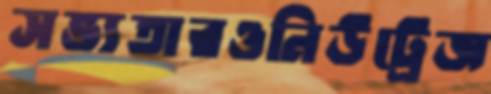
সভ্যতারওনিউট্রেজ